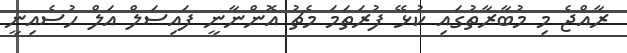
ރާއްޖެ މި މުބާރާތުގައި ކުޅޭ ފުރަތަމަ މެޗު އޮންނާނީ ފައިސަލް އަލް ހުސެއިނީ